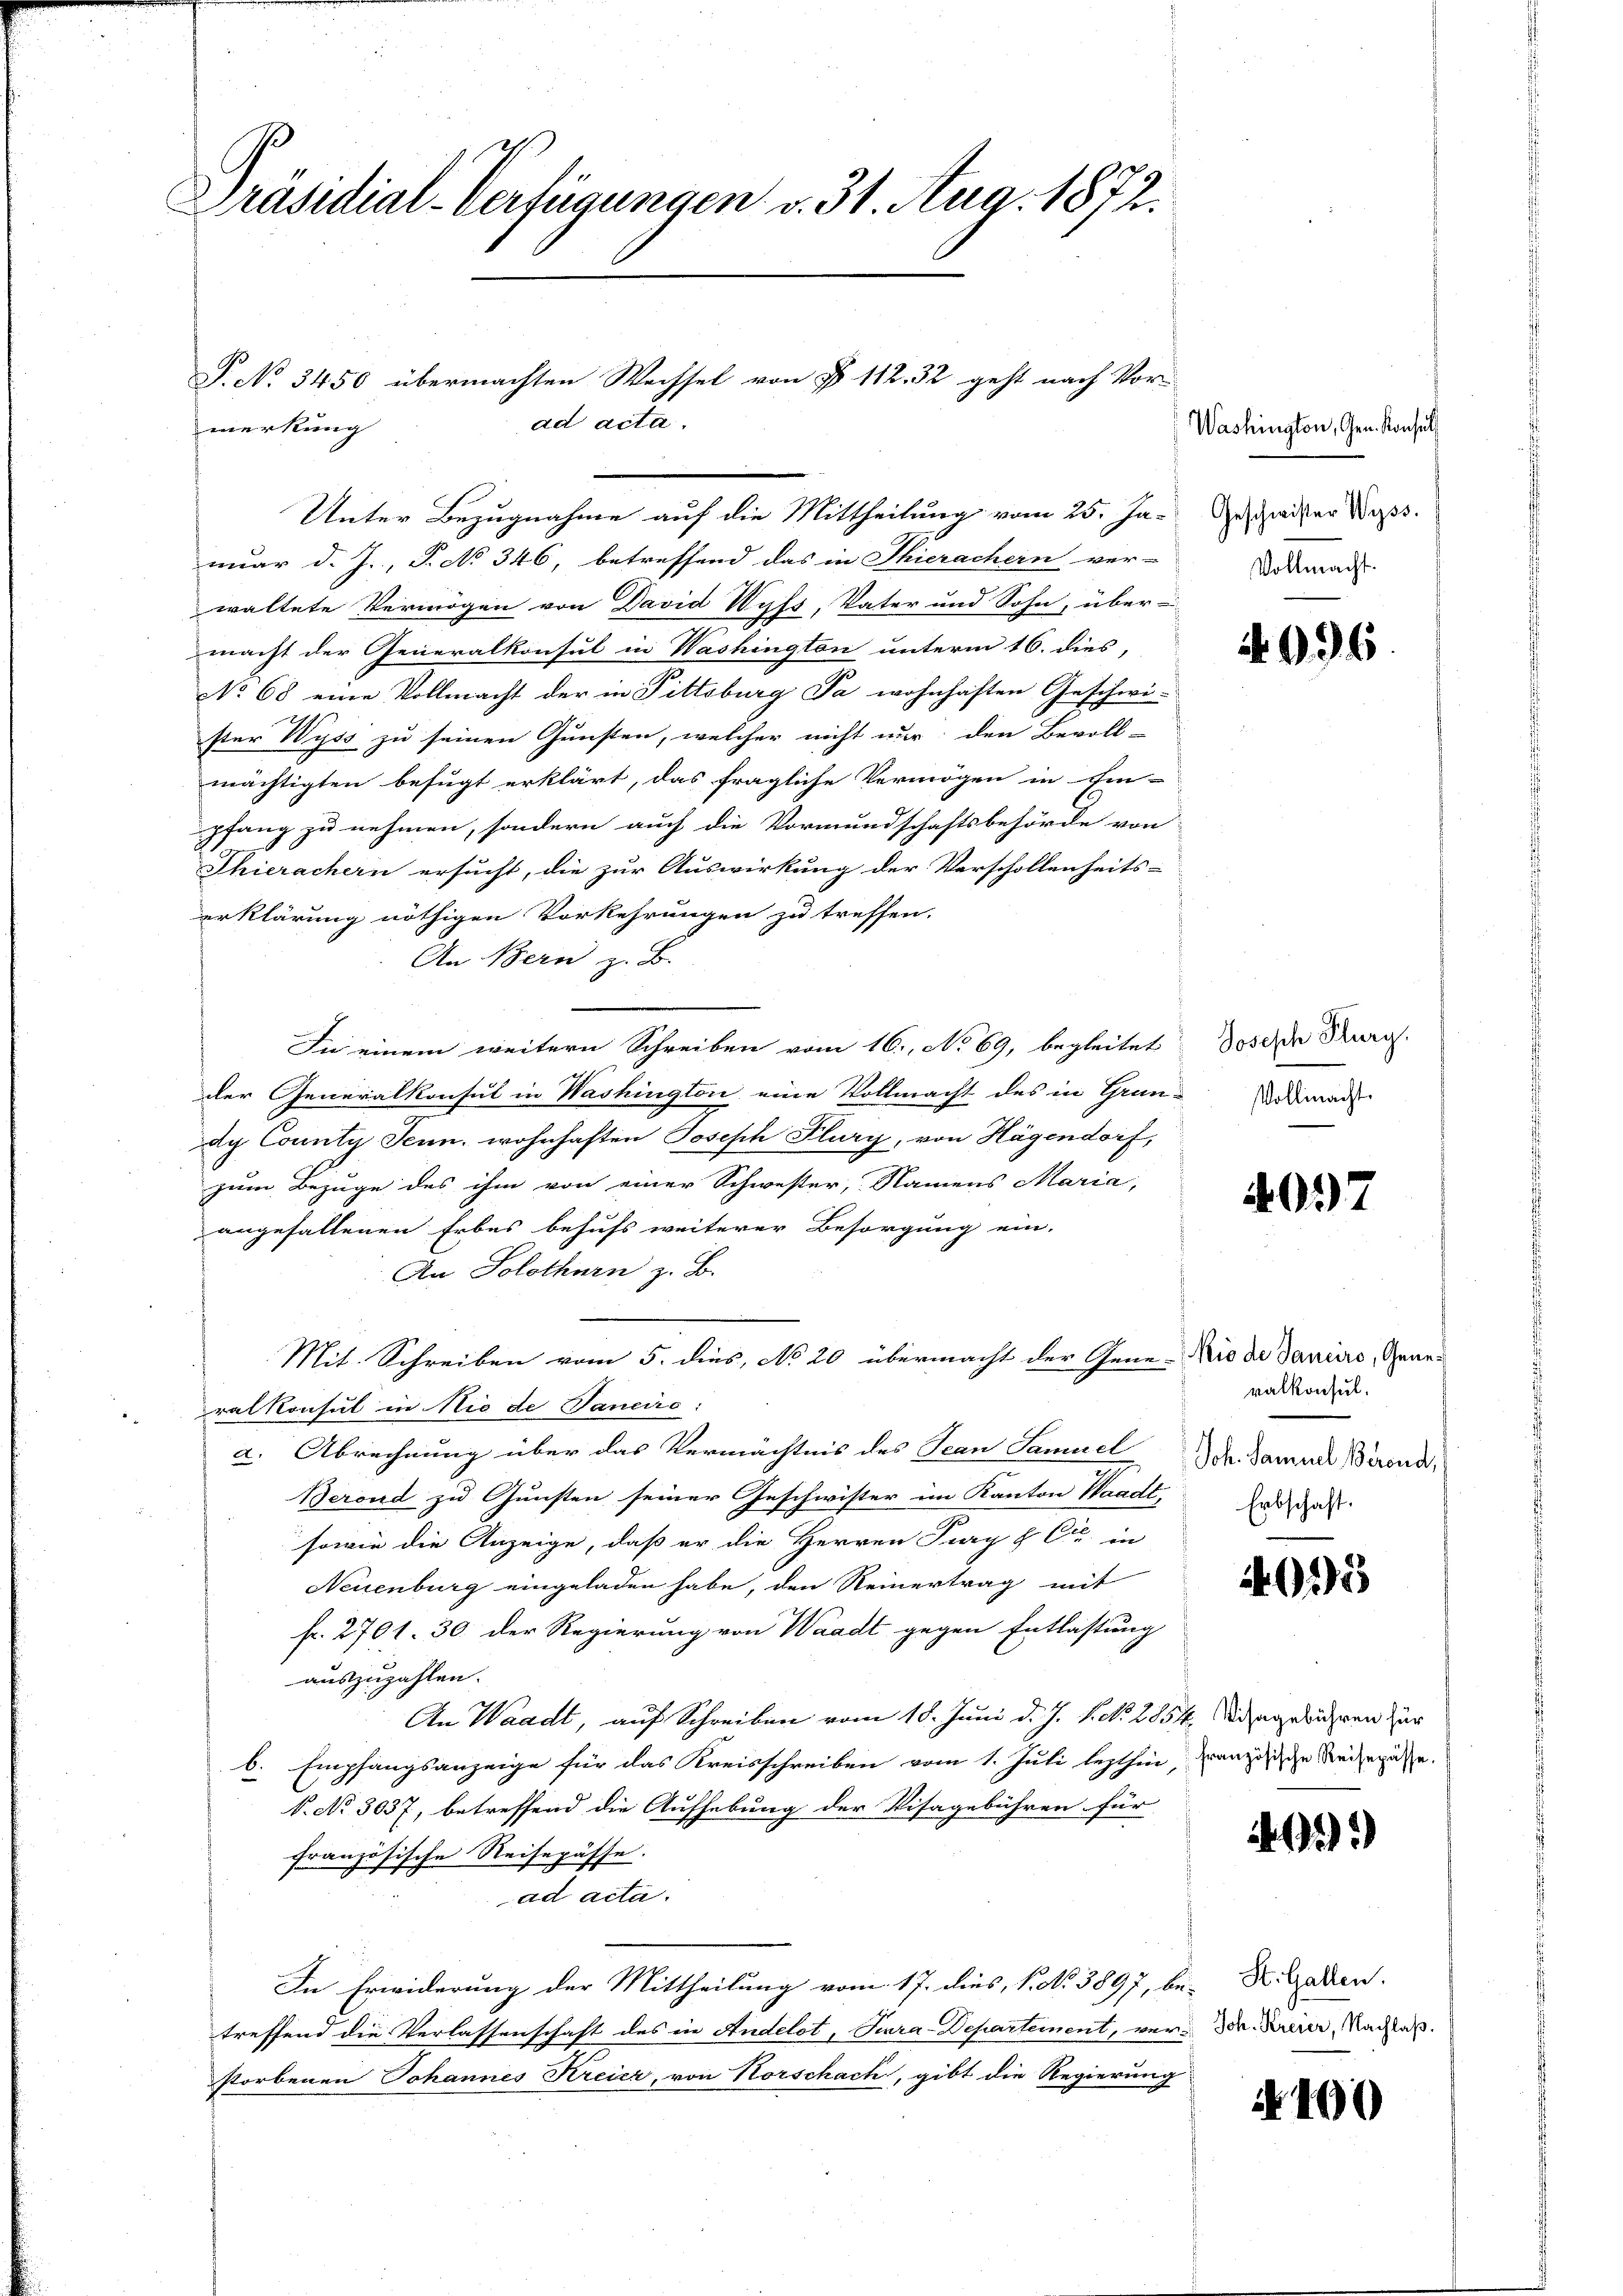
Präsidial-Verfügungen v. 31. Aug. 1872.

P. No 3450 übermachten Wechsel von § 112. 32 geht nach Vor-
merkung
Unter Bezugnahme auf die Mittheilung vom 25. Ja-

nuar d. J., P. No 346, betreffend das in Thierachern ver-
waltete Vermögen von David Wufs, Vater und Sohn, über-
macht der Generalkonsul in Washington unterm 16. dies,
No 68 eine Vollmacht der in Pittsburg Ja wohnhaften Geschwi-
ster Wyss zu seinen Gunsten, welcher nicht nur den Bevoll-
mächtigten befugt erklärt, das fragliche Vermögen in Ein-
pfang zu nehmen, sondern auch die Vormundschaftsbehörde von
Thierachern ersucht, die zur Auswirkung der Vorschollenheits-
erklärung nöthigen Vorkehrungen zu treffen.
An Bern z. B.
In einem weitern Schreiben vom 16. No 69, begleitet
der Generalkonsul in Washington eine Vollmacht des in Grün- Widman
dy County Jenn, wohnhaften Joseph Flury, von Hagendorf,
zum Bezuge des ihm von einer Schwester, Namens Maria,
angefallenen Erbes behufs weiterer Besorgung ein-
An Solothurn z. B.
Mit. Schreiben vom 5. dies, No 20 übermacht der Gene-Nio de Daniers, Generalkonsul in Niede Sancire:
a. Abrechnung über das Vermächtnis des Jean Samuel
Berond zu Gunsten seiner Geschwister im Kanton Waadt, Ende des
sowie die Anzeige, daß er die Herren Pury & Cie in
Neuenburg eingeladen habe, den Reinertrag mit
fr. 2701. 30. der Regierung von Waadt gegen Entlastung
auszuzahlen.
An Waadt, auf Schreiben vom 18. Juni d. J. P. No. 2854. Wangelicheren zur
b. Empfangsanzeige für das Kreisschreiben vom 1. Juli lezthin, Französische Reisepässe.
k. No 3037, betreffend die Aufhebung der Visagebühren für
französische Reisepässe.
ad acta.
In Erwiderung der Mittheilung vom 17. dies, P. No. 3897, bei R. Gaden.
treffend die Verlassenschaft des in Andelot, Tira-Departement, vor Dr. Heer, Nachtes
storbenen Johannes Kreier, von Horschach, gibt die Regierung

ad acta.

Washington, Gen. Konsul
Geschwister Wyss.
Vollmacht.

4936.

Joseph Flurg.

4097

valkonsul
Joh. Samuel Berend,

4015

)

N 190